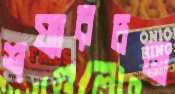
শয্যারচনা